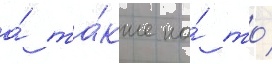
а́ та́кже на́ то́